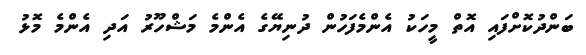
ބަންދުކޮށްފައި އޮތް މީހަކު އެންމެފަހުން ދުނިޔޭގެ އެންމެ މަޝްހޫރު އަދި އެންމެ މޮޅު